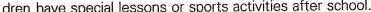
dren have special lessons or sports activities after school.